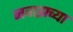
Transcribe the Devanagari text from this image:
नवाझच्या